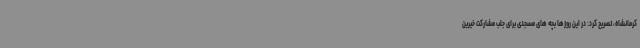
کرمانشاه، تصریح کرد: در این روزها بچه های مسجدی برای جلب مشارکت خیرین